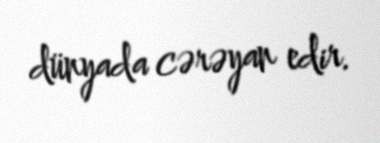
dünyada cərəyan edir.